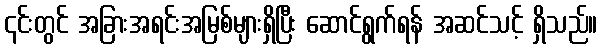
၎င်းတွင် အခြားအရင်းအမြစ်များရှိပြီး ဆောင်ရွက်ရန် အဆင်သင့် ရှိသည်။